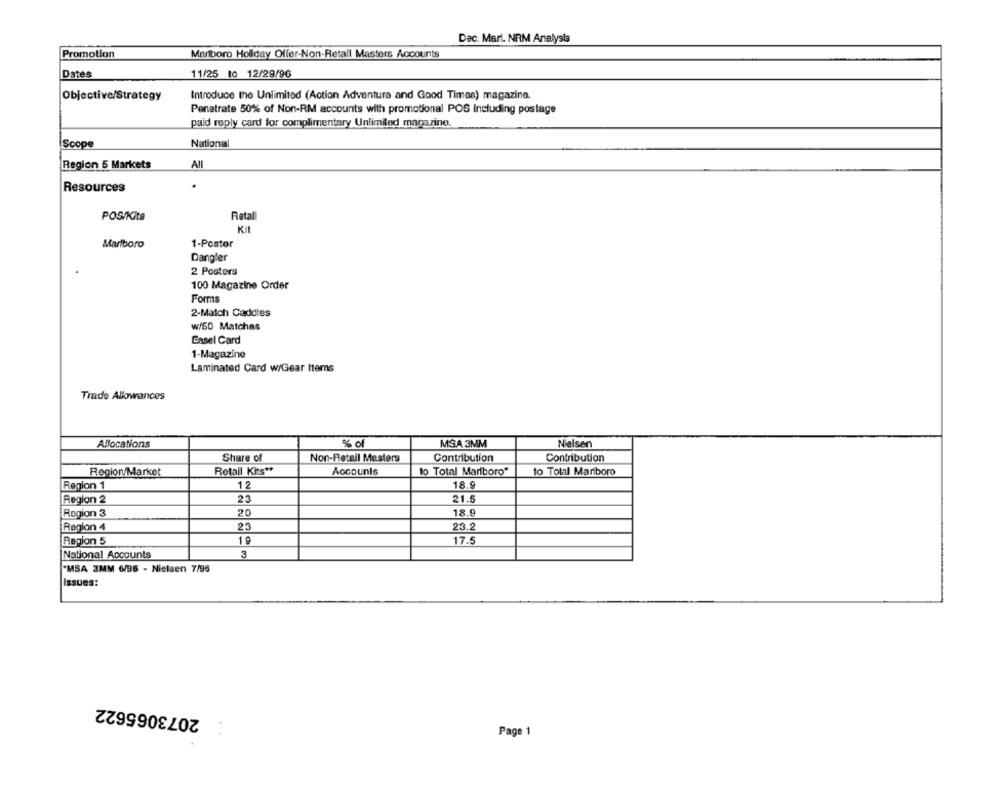
Dec. Mari. NRM Analysis
Promotion
Marlboro Holiday Offer-Non-Retail Masters Accounts
Dates
11/25 to 12/29/96
Objective/Strategy
Introduce the Unlimited (Action Adventure and Good Times) magazine.
Penetrate 50% of Non-RM accounts with promotional POS including postage
paid reply card for complimentary Unlimited magazine.
National
Scope
Region 5 Markets
All
Resources
Retal
POS/Kits
Marlboro
1-Poster
Dangler
2 Posters
100 Magazine Order
Forms
2-Maich Caddies
w/50 Matches
Casel Card
1-Magazine
Laminated Card w/Gear Items
Trade Allowances
Allocations
% of
MSA 3MM
Nielsen
Share of
Non-Retail Masters
Contribution
Contribution
Region/Market
Retail Kits **
Accounts
to Total Marlboro"
to Total Mariboro
Region 1
12
18.9
Region 2
21.5
Region 3
20
18.9
Region 4
23
23.2
Region 5
19
17.5
National Accounts
3
"MSA 3MM 6/95 - Nielsen 7/95
Issues:
2073065622
Page 1